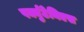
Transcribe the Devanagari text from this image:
पर्क्युटेनिएस